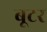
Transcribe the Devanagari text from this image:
बूटर